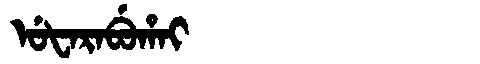
Manchu: ᡠᡶᠠᡵᠠᠪᡠᡥᠠᡳ
Romanization: UFARABUHAI